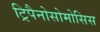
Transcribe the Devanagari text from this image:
ट्रिपैनोसोमोसिस